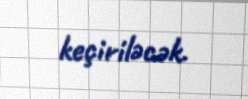
keçiriləcək.